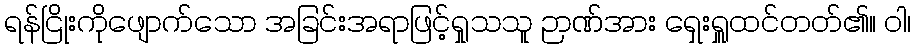
ရန်ငြိုးကိုဖျောက်သော အခြင်းအရာဖြင့်ရှုသသူ ဉာဏ်အား ရှေးရှူထင်တတ်၏။ ဝါ၊